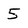
Character: 5